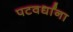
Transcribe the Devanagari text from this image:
पटवर्धांना